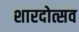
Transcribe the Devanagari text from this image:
शारदोत्सव